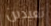
تعيدين